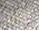
نحن